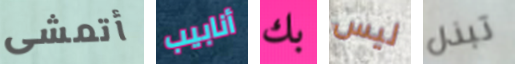
أتمشى أنابيب بك ليس تبذل